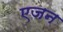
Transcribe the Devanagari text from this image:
एजन